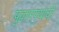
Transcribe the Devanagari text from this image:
पुकारण्याची